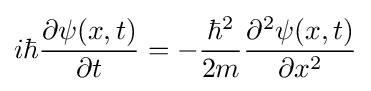
i\hbar {\frac {\partial \psi (x,t)}{\partial t}}=-{\frac {\hbar ^{2}}{2m}}{\frac {\partial ^{2}\psi (x,t)}{\partial x^{2}}}